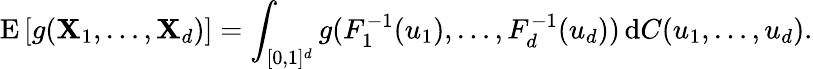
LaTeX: \operatorname{E}\left[g(\mathbf{X}_{1},\dots,\mathbf{X}_{d})\right]=\int_{[0,1]^{d}}g(F_{1}^{-1}(u_{1}),\dots,F_{d}^{-1}(u_{d}))\, \mathrm{{d}}C(u_{1},\dots,u_{d}).